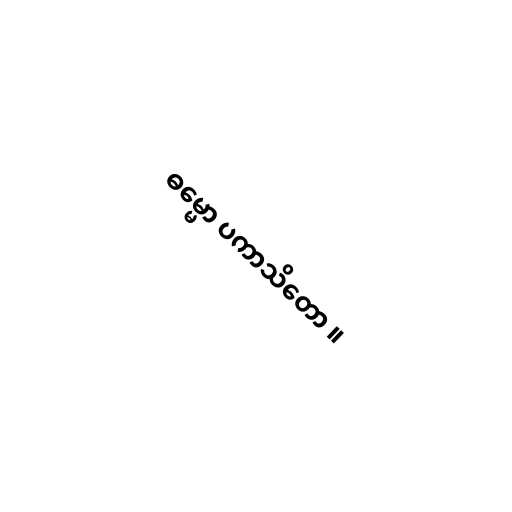
ဓမ္မော ပကာသိတော ။